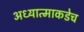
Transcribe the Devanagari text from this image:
अध्यात्माकडेच